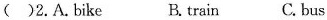
()2.A.bike B.train C.bus